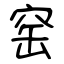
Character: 窑